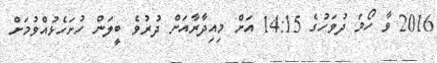
2016 ވާ ހޯމަ ދުވަހުގެ 14:15 އަށް މިއިދާރާއަށް ދުރުވެ ބީލަން ހުށަހެޅުއްވުމަށް